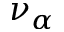
\nu _ { \alpha }